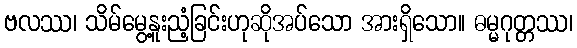
ဗလဿ၊ သိမ်မွေ့နူးညံ့ခြင်းဟုဆိုအပ်သော အားရှိသော။ ဓမ္မဂုတ္တဿ၊